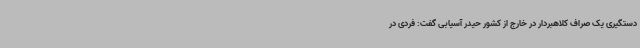
دستگیری یک صراف کلاهبردار در خارج از کشور حیدر آسیابی گفت: فردی در